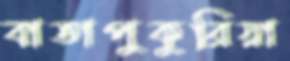
বাতাপুকুরিয়া